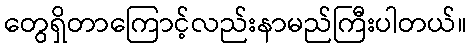
တွေရှိတာကြောင့်လည်းနာမည်ကြီးပါတယ်။